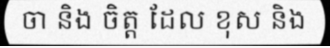
ចា និង ចិត្ត ដែល ខុស និង